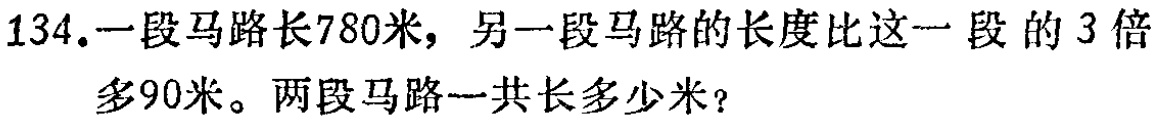
134.一段马路长780米，另一段马路的长度比这一段的3倍多90米。两段马路一共长多少米？